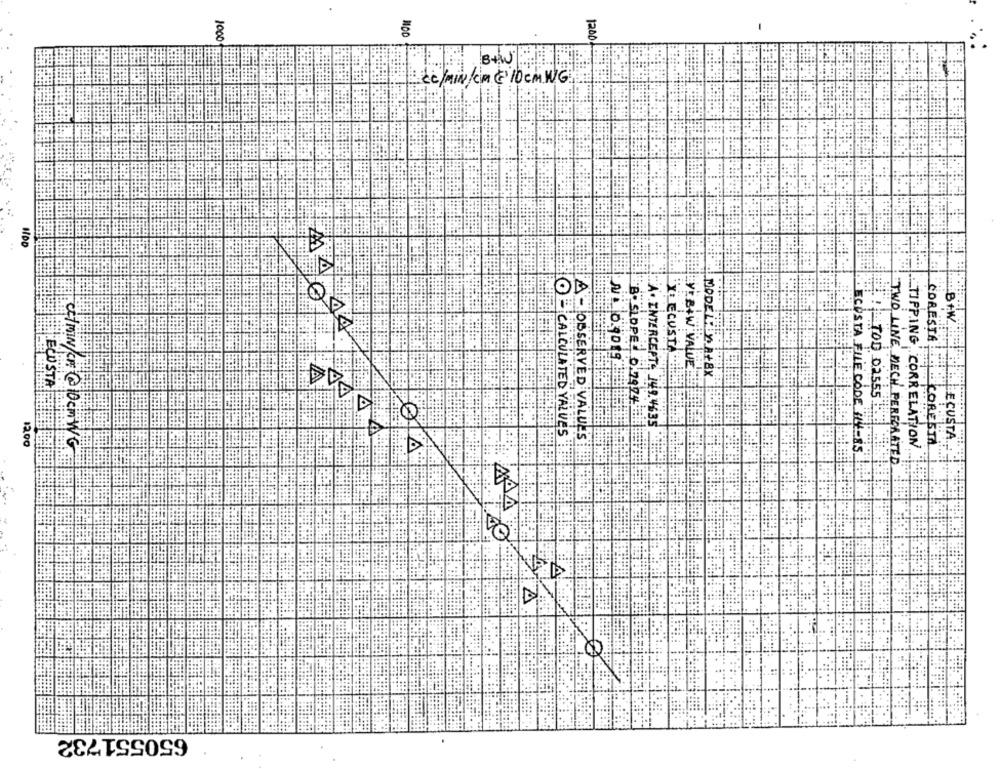
100
1200
ce/min/cm@10Cm. WG
HDD
B+W
14044
X ECUSTA
CORESTA !
Ni 0.3019
V: B+W VALUE
MODE LLA ALEX
ECO STAT
TOD 02555
B. SLOPE: 047924
A. INTERCEPT: 149.4635
@- CALCULATED VALUES
A - OBSERVED VALUES
LECUSTA
12.00
TIPPING CORRELATION
CORESTA
CC/MIN/CH @10cmWG
ÉCOSTA FILE CODE 114-85
TWO LINE DECH PERFORATED
650551732